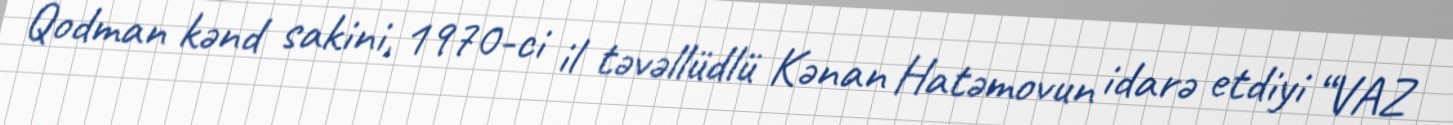
Qodman kənd sakini, 1970-ci il təvəllüdlü Kənan Hatəmovun idarə etdiyi “VAZ